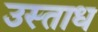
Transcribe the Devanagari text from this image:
उस्ताध